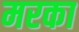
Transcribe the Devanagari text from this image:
मरका